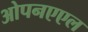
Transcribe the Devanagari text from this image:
ओपनएएल